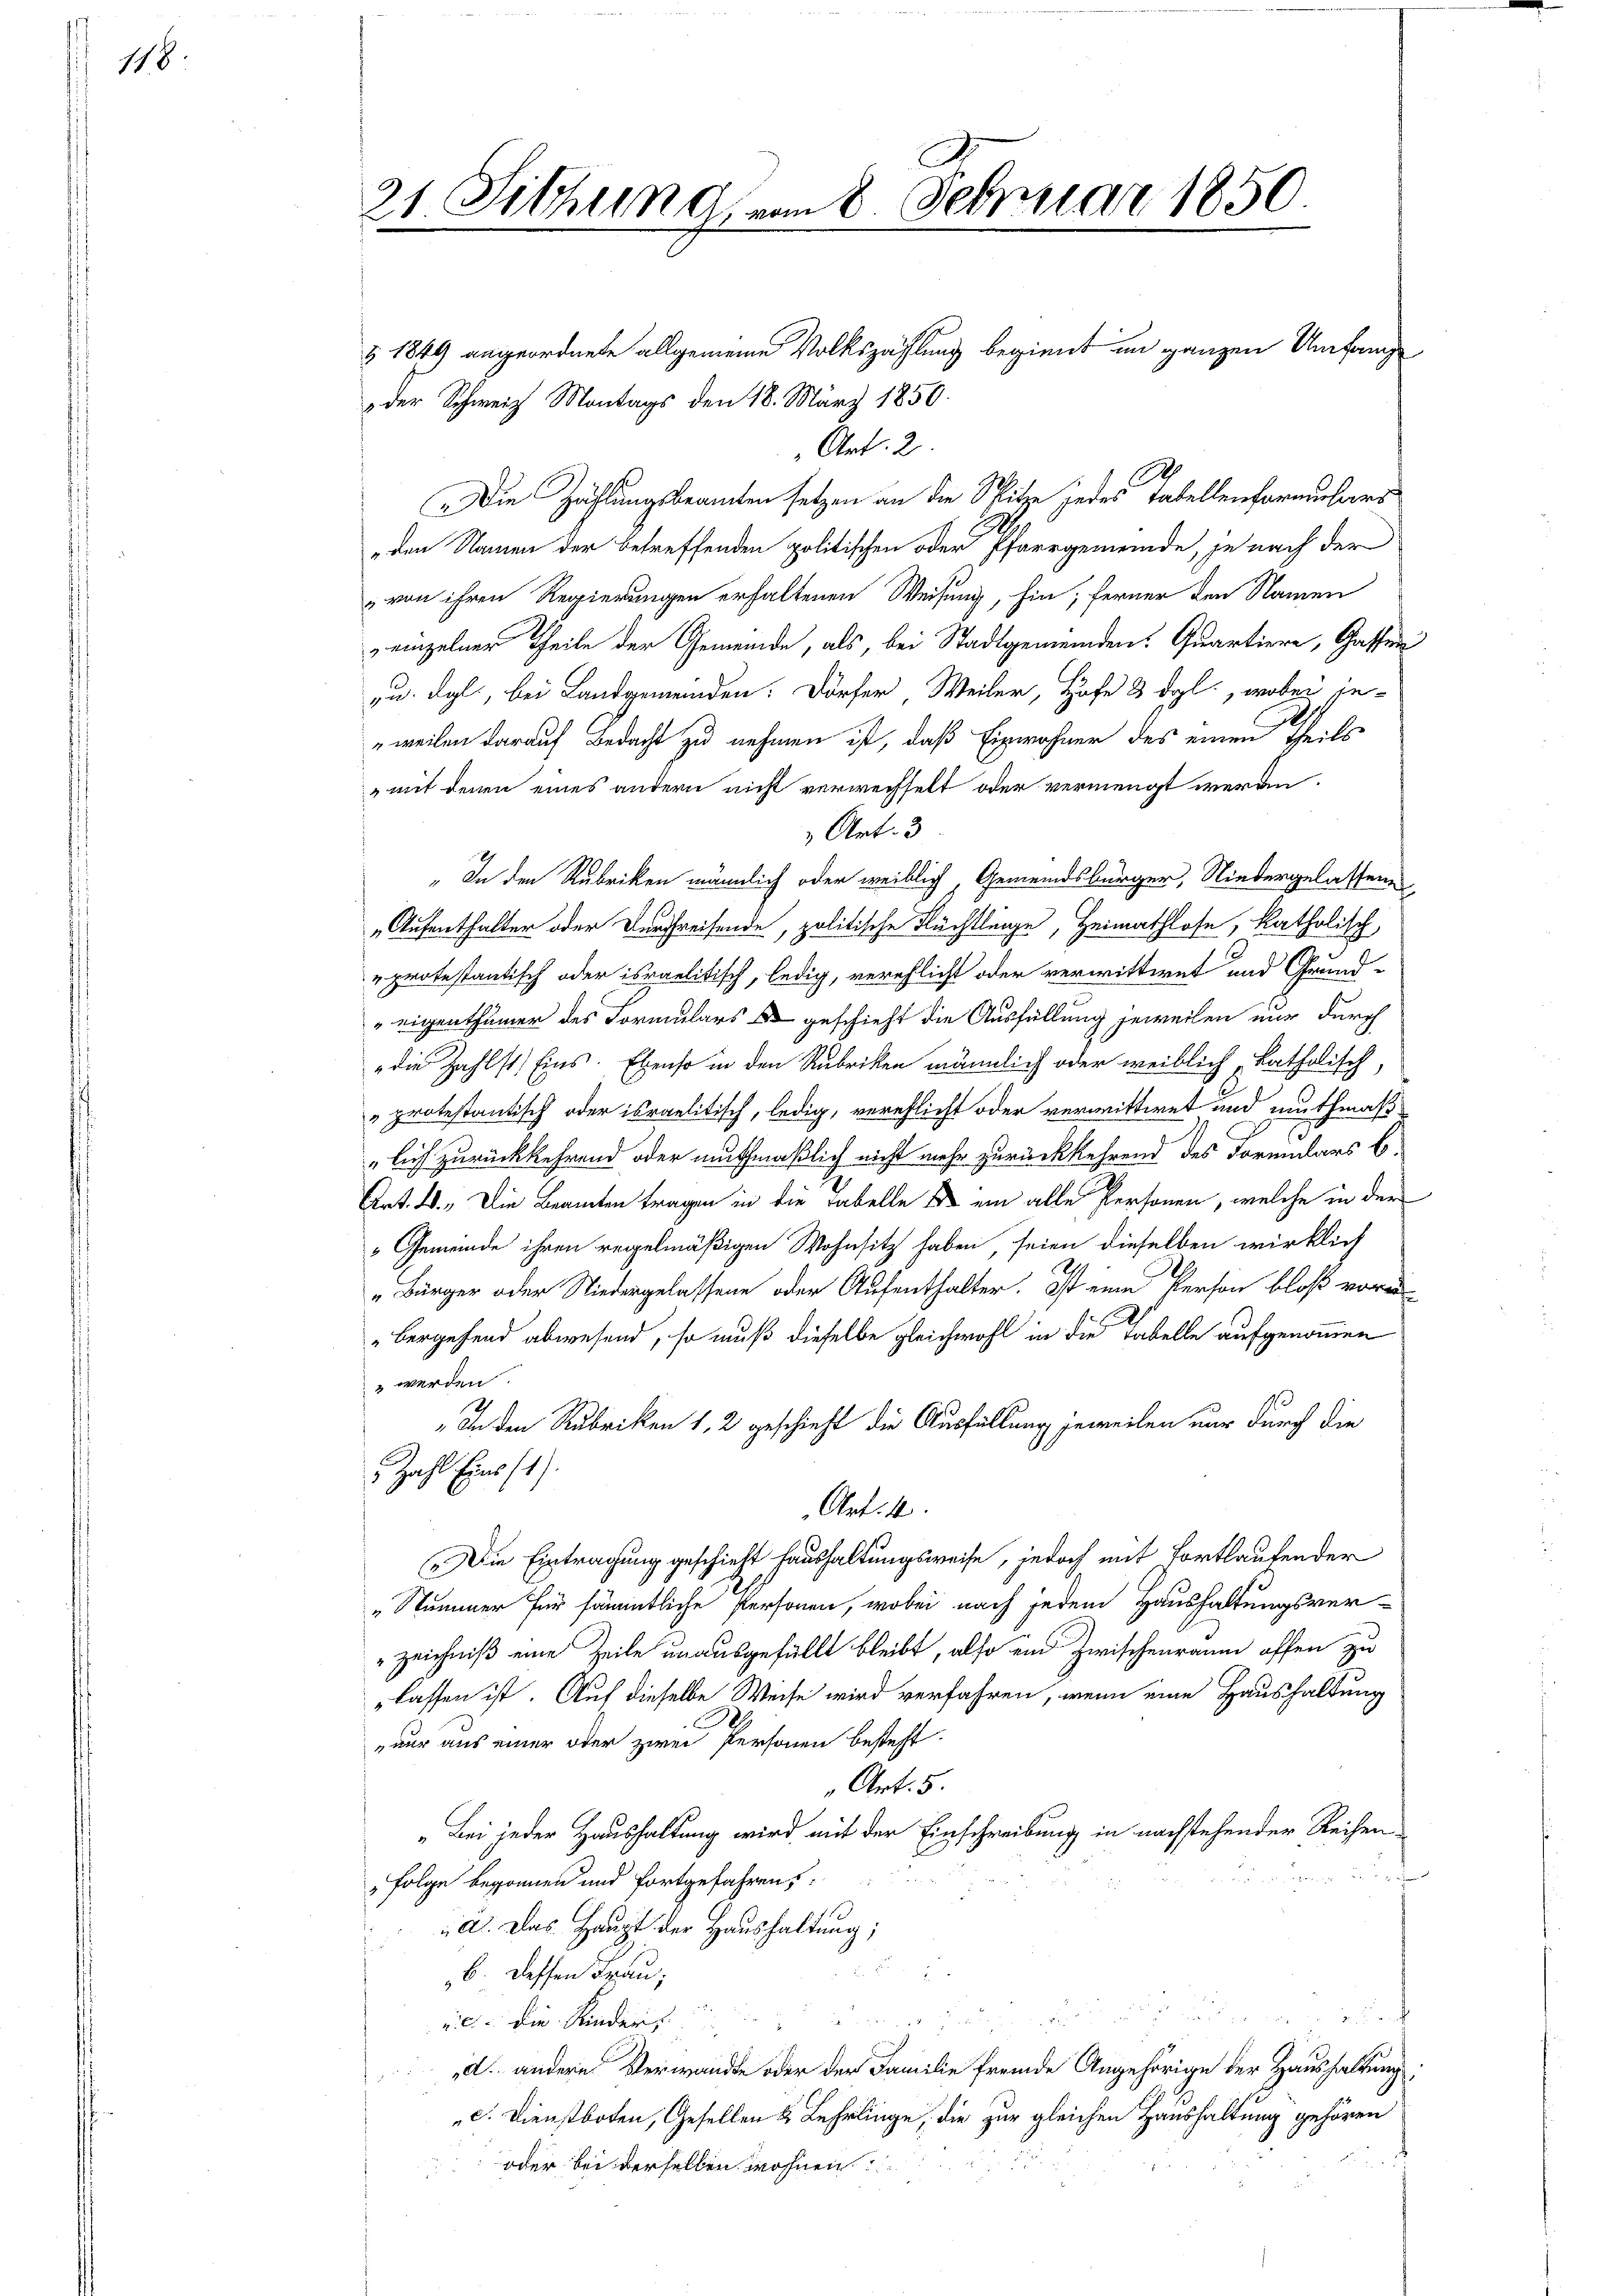
178.

21 Sitzung vom 8. Februar 1850

§ 1849 angeordnete allgemeine Volkszählung beginnt im ganzen Umfang
der Schweiz Montags den 18. März 1850.
Art. 2
Die Zählungsbeamten setzen an die Spitze jedes Tabellenformulars
den Namen der betreffenden politischen oder Pfarrgemeinde, je nach der
von ihren Regierungen erhaltenen Weisung, hin; ferner den Namen
zeinzelner Theile der Gemeinde, als, bei Stadtgemeinden Quartiere, Gassen
zu. dgl., bei Landgemeinden. Dörfer Weiler, Hofe & dgl., wobei in-
1
„weilen darauf Bedacht zu nehmen ist, daß Einwohner des einen theils
mit denen eines andern nicht verwechselt oder vermengt werden.
 Art. 3
" In den Rubriken männlich oder weiblich, Gemeindsbürger, Niedergelassene
„Aufenthalter oder Durchreifende, politische Flüchtlinge, Heimathlose, katholisch
"protestantisch oder israelitisch, ledig, verehlicht oder verwittwet und Grund-
„eigenthümer des Formulars geschieht die Ausfüllung jeweilen nur durch
"die Zahlst Eins. Ebenso in den Rubriken männlich oder weiblich, katholisch,
"protestantisch oder israelitisch, ledig, verpflicht oder vermittwet und muthmaß
E
lich zurückkehrend oder muthmaßlich nicht mehr zurückkehrend des Formulars b
Art. 2. Die Beamten tragen in die Fabelle u ein alle Personen, welche in der
Gemeinde ihren regelmäßigen Wohnsitz haben, seien dieselben wirklich
2
„Bürger oder Niedergelassene oder Aufenthalter. Ist eine Person bloß voran-

Bergehend abwesend, so muß dieselbe gleichwohl in die Tabelle aufgenommen
 werden
" In den Rubriken 1, 2 geschieht die Ausfüllung jeweilen nur durch die
Zahl Eins 11).
Art. 4
„Die Eintragung geschieht haushaltungsweise, jedoch mit fortlautender
„Nummer für sämmtliche Personen, wobei nach jedem Haushaltungsver¬
Zeichniß eine Zeile unausgefüllt bleibt, also ein Zwischenraum offen zu
lassen ist. Auf dieselbe Weise wird verfahren, wenn eine Haushaltung
nur aus einer oder zwei Personen besteht.
Art. 5.
„Bei jeder Haushaltung wird mit der Einschreibung in nachstehender Reihen¬

„Folge begonnen und fortgefahren,
a. Das Haupt der Haushaltung;
x
b. dessen Frau,

it

vic: die Kinders
d. andere Verwandte oder der Familie fremde Angehörige der Haushaltung
c. Dienstboten, Gesellen & Lehrlinge, die zur gleichen Haushaltung gehören
oder bei derselben wohnen